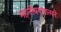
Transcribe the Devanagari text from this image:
महनीयगुणात्मने